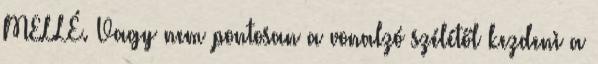
MELLÉ. Vagy nem pontosan a vonalzó szélétől kezdeni a